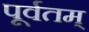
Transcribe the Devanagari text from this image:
पूर्वतम्